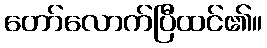
တော်လောက်ပြီထင်၏။